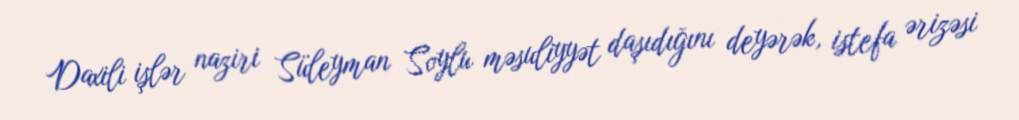
Daxili işlər naziri Süleyman Soylu məsuliyyət daşıdığını deyərək, istefa ərizəsi